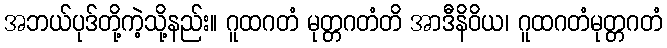
အဘယ်ပုဒ်တို့ကဲ့သို့နည်း။ ဂူထဂတံ မုတ္တဂတံတိ အာဒီနိဝိယ၊ ဂူထဂတံမုတ္တဂတံ